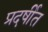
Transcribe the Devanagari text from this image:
प्रदर्षीत